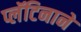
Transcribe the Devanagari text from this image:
प्लॅटिनाने